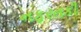
નફરતકી